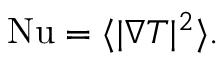
\mathrm { { N u } } = \langle | \nabla T | ^ { 2 } \rangle .